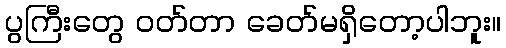
ပွကြီးတွေ ဝတ်တာ ခေတ်မရှိတော့ပါဘူး။